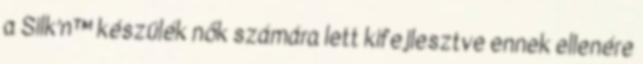
a Silk’n™ készülék nők számára lett kifejlesztve ennek ellenére